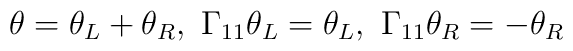
\theta=\theta_L+\theta_R ,\ \Gamma_{11}\theta_L=\theta_L, \\Gamma_{11}\theta_R=-\theta_R